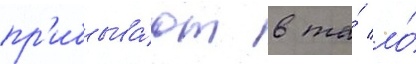
пр'ибыва́ют в та́ ло́